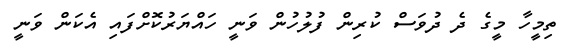
ތިމީހާ މީގެ ދެ ދުވަސް ކުރިން ފުލުހުން ވަނީ ހައްޔަރުކޮށްފައި އެކަން ވަނީ